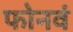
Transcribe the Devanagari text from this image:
फोनवं